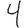
Digit: 4